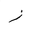
Letter: _zay